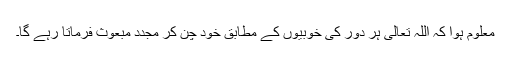
معلوم ہوا کہ اللہ تعالیٰ ہر دور کی خوبیوں کے مطابق خود چُن کر مجدد مبعوث فرماتا رہے گا۔